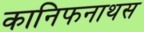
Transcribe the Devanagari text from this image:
कानिफनाथस